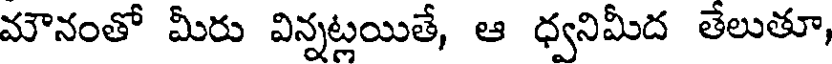
మౌనంతో మీరు విన్నట్లయితే, ఆ ధ్వనిమీద తేలుతూ,